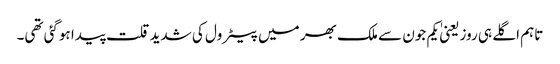
تاہم اگلے ہی روز یعنیٰ یکم جون سے ملک بھر میں پیٹرول کی شدید قلت پیدا ہوگئی تھی۔